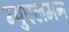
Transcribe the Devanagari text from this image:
म्युएलमन